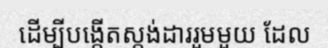
ដើម្បីបង្កើតស្តង់ដាររួមមួយ ដែល